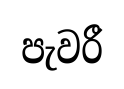
පැවරී